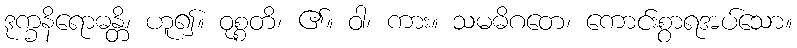
ဒုက္ခနိရောဓန္တိ၊ ဟူ၍။ ဝုစ္စတိ၊ ၏။ ဝါ၊ ကား။ သမဓိဂတေ၊ ကောင်းစွာရအပ်သော။